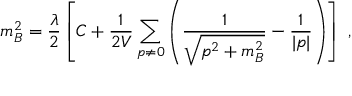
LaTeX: m _ { B } ^ { 2 } = { \frac { \lambda } { 2 } } \left[ C + { \frac { 1 } { 2 V } } \sum _ { p \neq 0 } \left( \frac { 1 } { \sqrt { { p } ^ { 2 } + m _ { B } ^ { 2 } } } - \frac { 1 } { | p | } \right) \right] ~ ,